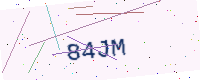
Text: 84JM